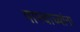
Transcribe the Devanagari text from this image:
पाश्चाच्यांना